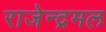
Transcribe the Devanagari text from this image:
राजेन्द्रमल